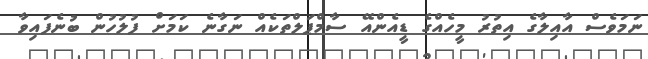
ނަމަވެސް އާއިލާގެ އިތުރު މީހެއްގެ ޑީއެންއޭ ސާމްޕަލްތަކެއް ނަގާނެ ކަމަށް ފުލުހުން ބުނެފައިވާ